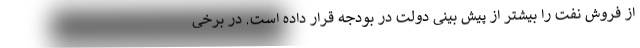
از فروش نفت را بیشتر از پیش بینی دولت در بودجه قرار داده است. در برخی